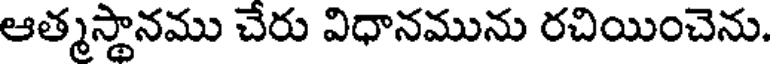
ఆత్మస్థానము చేరు విధానమును రచియించెను.